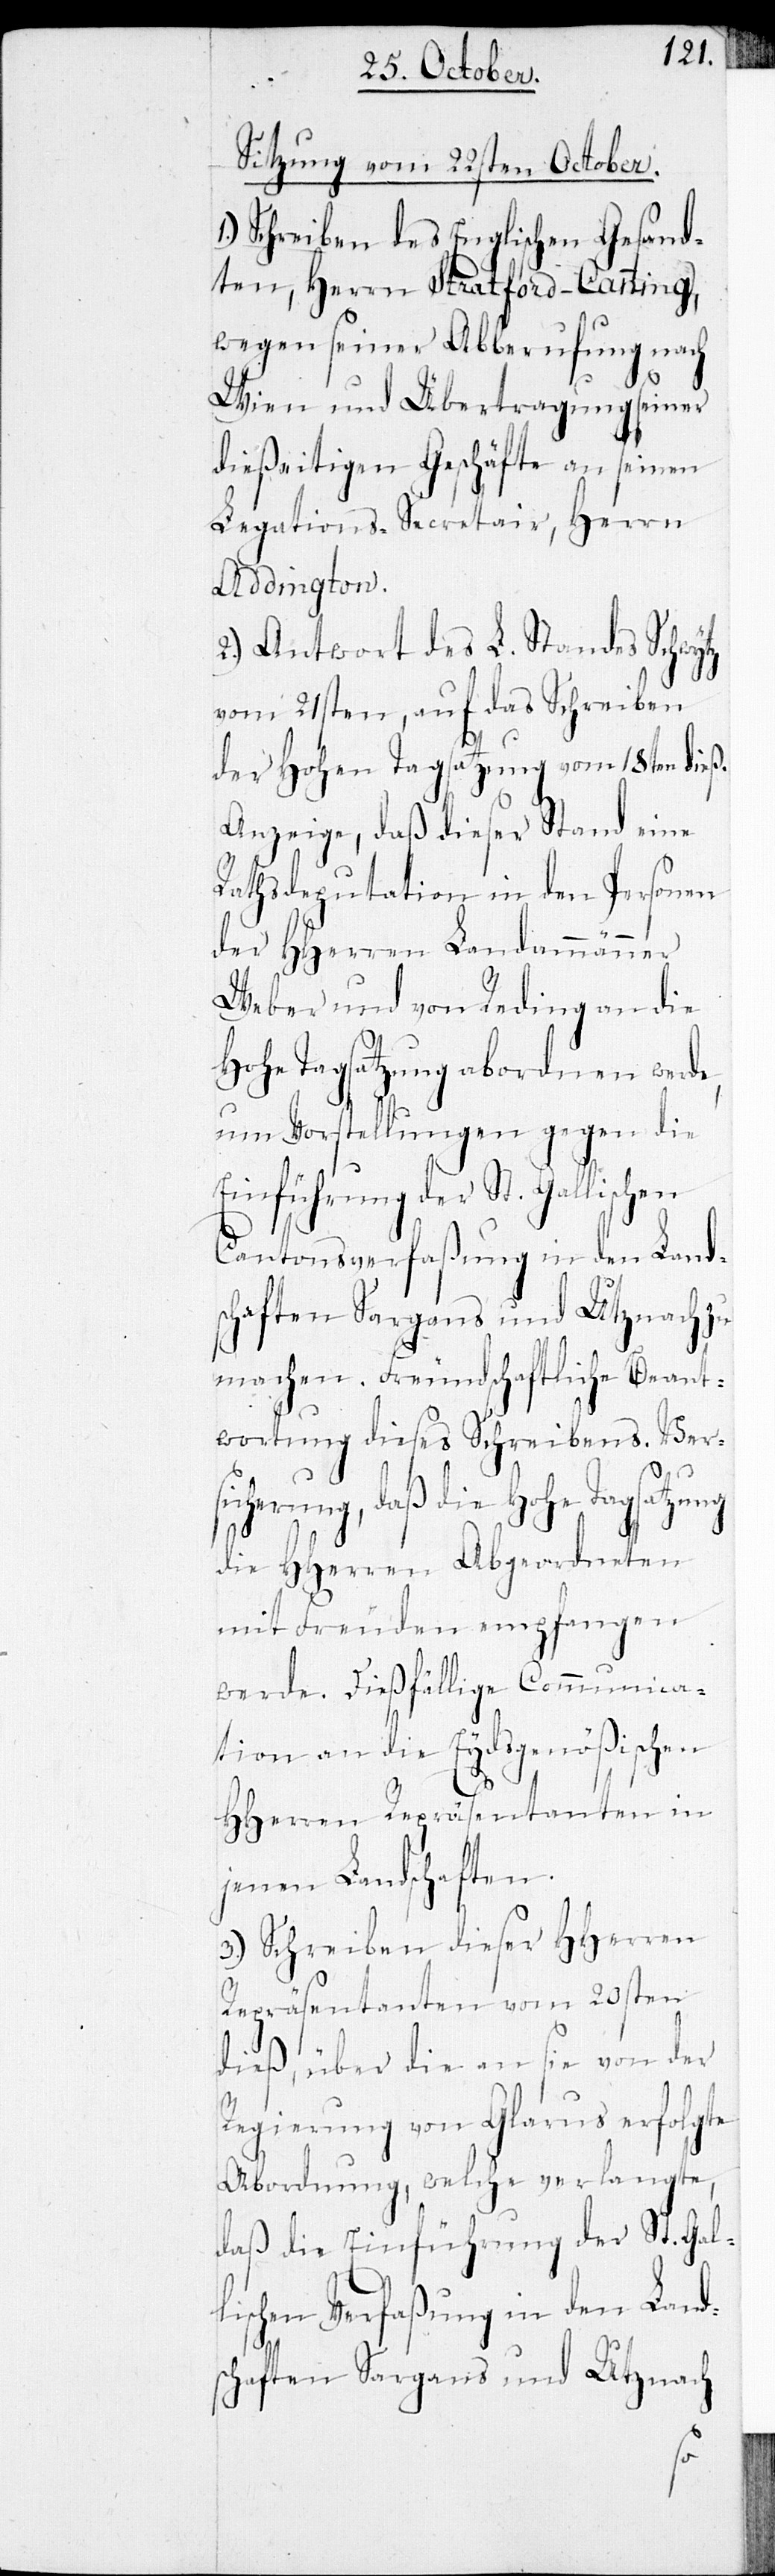
Sitzung vom 22sten October.
Schreiben des Englischen Gesand¬
ten, Herrn Stratford-Canning,
wegen seiner Abberufung nach
Wien und Übertragung seiner
dießeitigen Geschäfte an seinen
Legations-Secretair, Herrn
Addington.
2.) Antwort des L. Standes Schwytz
vom 21sten, auf das Schreiben
der Hohen Tagsatzung vom 18ten dieß.
Anzeige, daß dieser Stand eine
Rathsdeputation in den Personen
der HHerren Landammänner
Weber und von Reding an die
Hohe Tagsatzung abordnen werd¬
um Vorstellungen gegen die
Einführung der St. Gallischen
Cantonsverfaßung in den Land¬
schaften Sargans und Utznach
machen. Freundschaftliche Beant¬
wortung dieses Schreibens. Versi¬
cherung, daß die Hohe
die HHerren Abgeordneten
mit Freuden empfangen
werde. Dießfällige Communica¬
tion an die Eydsgenößischen
HHerren Repräsentanten in
jenen Landschaften.
3.) Schreiben dieser HHerren
Repräsentanten vom 20sten
dieß, über die an sie von der
Regierung von Glarus erfolgte
Abordnung, welche verlangte,
daß die Einführung der St. Gal¬
lischen Verfaßung in den Land¬
e,